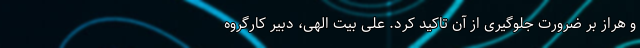
و هراز بر ضرورت جلوگیری از آن تاکید کرد. علی بیت الهی، دبیر کارگروه